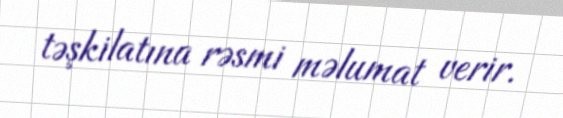
təşkilatına rəsmi məlumat verir.